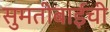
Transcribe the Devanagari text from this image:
सुमतीबाईंची